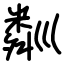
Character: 𥻘